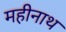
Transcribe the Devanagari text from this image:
महीनाथ